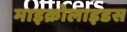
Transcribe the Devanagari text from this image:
माइक्रोलाइडस